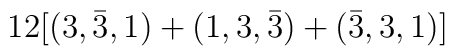
12[(3, \bar{3}, 1) + (1, 3, \bar{3}) + (\bar{3}, 3, 1)]